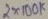
Text: 2X100K